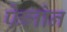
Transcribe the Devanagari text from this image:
फेलोन